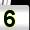
Digit: 5